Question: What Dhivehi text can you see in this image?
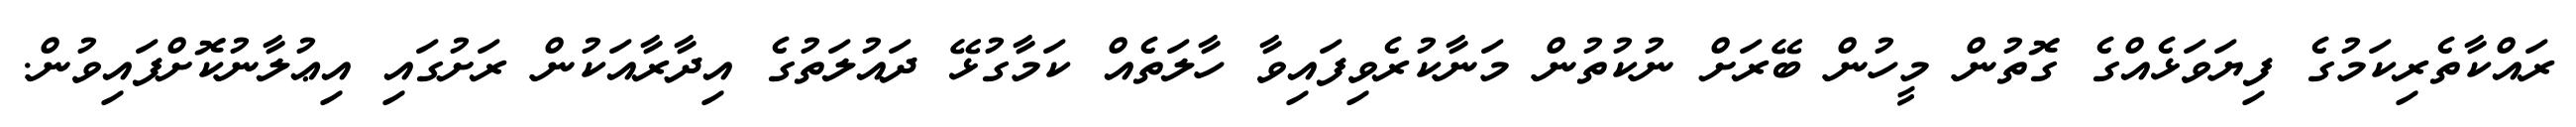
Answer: ރައްކާތެރިކަމުގެ ފިޔަވަޅެއްގެ ގޮތުން މީހުން ބޭރަށް ނުކުތުން މަނާކުރެވިފައިވާ ހާލަތެއް ކަމާގުޅޭ ދައުލަތުގެ އިދާރާއަކުން ރަށުގައި އިޢުލާނުކޮށްފައިވުން.